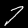
Label: 7